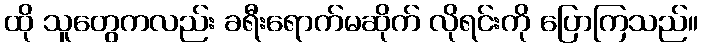
ထို သူတွေကလည်း ခရီးရောက်မဆိုက် လိုရင်းကို ပြောကြသည်။